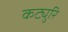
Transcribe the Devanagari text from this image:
कट्युरि